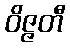
ဝိဇ္ဇတီ